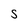
Character: S